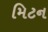
મિટન